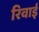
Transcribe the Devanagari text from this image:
रिवाई